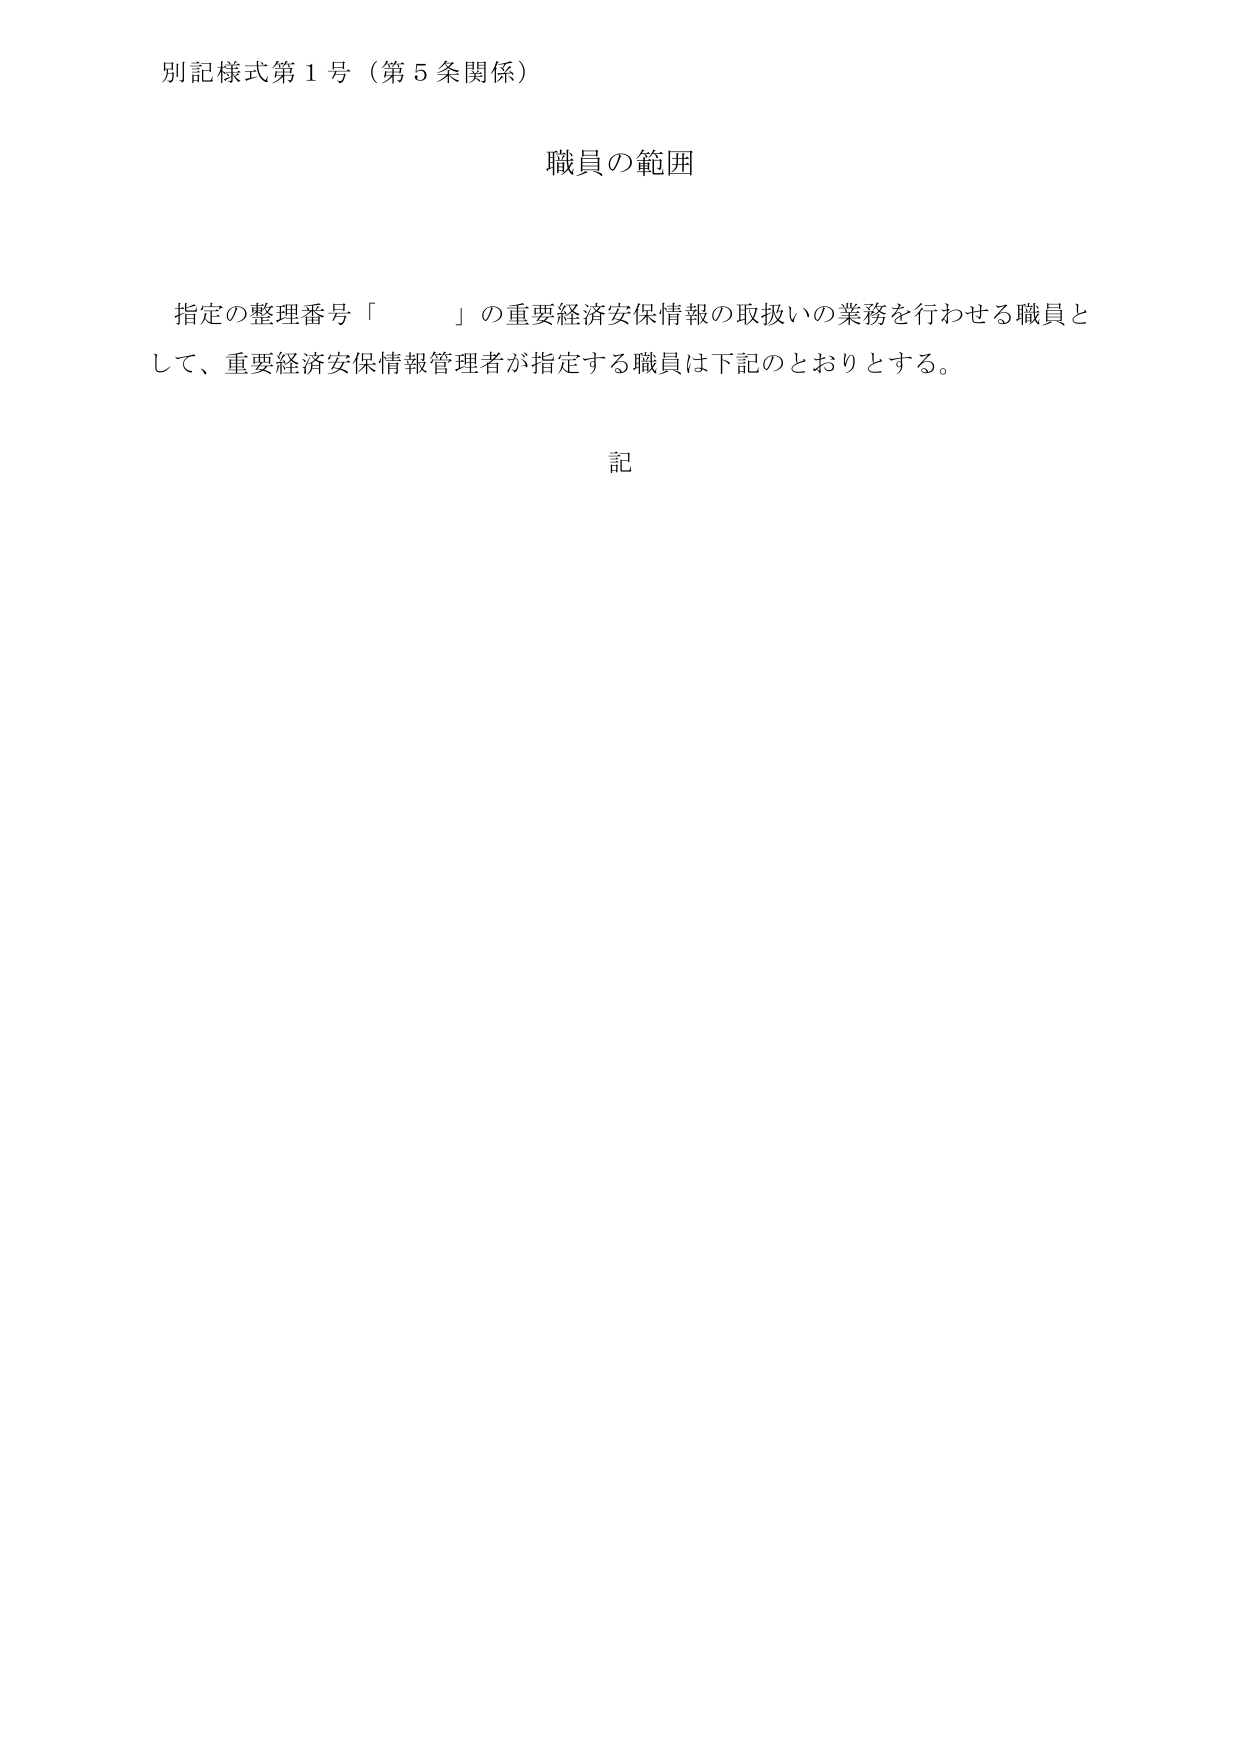
別記様式第１号（第５条関係）

職員の範囲

指定の整理番号「　　」の重要経済安保情報の取扱いの業務を行わせる職員として、重要経済安保情報管理者が指定する職員は下記のとおりとする。

記